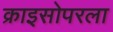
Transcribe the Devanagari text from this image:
क्राइसोपरला